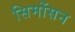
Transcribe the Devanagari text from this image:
सिमोंसन